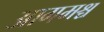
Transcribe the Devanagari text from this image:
आगमश्च